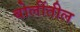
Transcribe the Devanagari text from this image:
बोलींतील